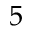
5